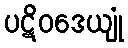
ပဋိဝဒေယျုံ